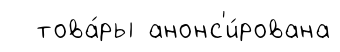
това́ры анонс'и́рована